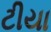
ટીયા